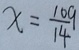
x = \frac { 1 0 9 } { 1 4 }